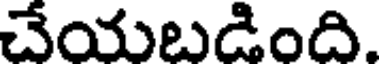
చేయబడింది.